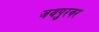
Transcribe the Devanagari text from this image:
जयपुरवर